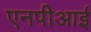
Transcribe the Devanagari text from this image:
एनपीआई